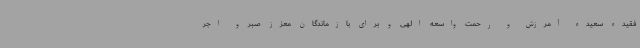
فقیده سعیده آمرزش و رحمت واسعه الهی و برای بازماندگان معزز صبر و اجر